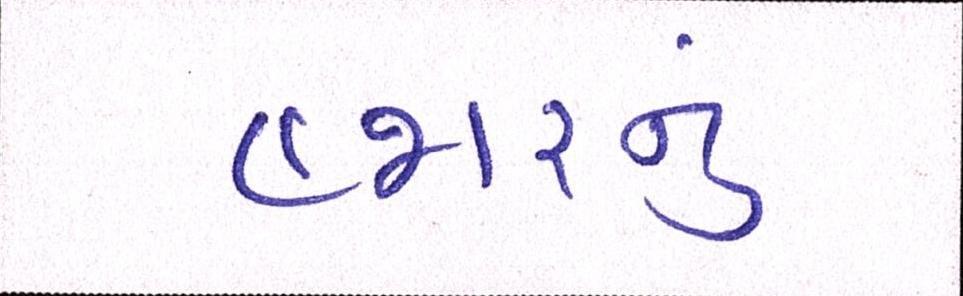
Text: હજારનું